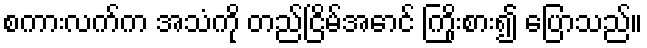
စကားလက်က အသံကို တည်ငြိမ်အောင် ကြိုးစား၍ ပြောသည်။